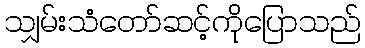
သျှမ်းသံတော်ဆင့်ကိုပြောသည်